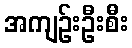
အကျဉ်းဦးစီး